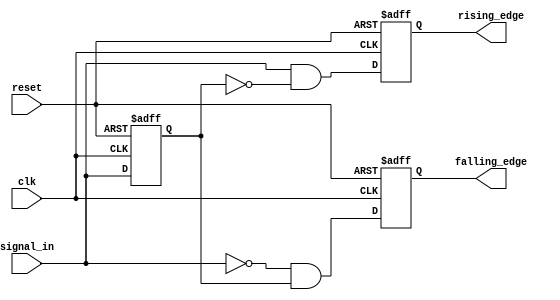
module dual_edge_detector (
    input wire clk,               // Clock input
    input wire reset,             // Asynchronous reset
    input wire signal_in,         // Input signal to detect edges
    output reg rising_edge,       // Output signal for rising edge detection
    output reg falling_edge       // Output signal for falling edge detection
);

    reg previous_state;           // Memory element to store the previous state

    // Asynchronous reset and edge detection logic
    always @(posedge clk or posedge reset) begin
        if (reset) begin
            previous_state <= 1'b0; // Initialize previous state to low
            rising_edge <= 1'b0;     // Initialize rising edge output
            falling_edge <= 1'b0;    // Initialize falling edge output
        end else begin
            // Edge detection logic
            rising_edge <= (signal_in && !previous_state); // Rising edge detected
            falling_edge <= (!signal_in && previous_state); // Falling edge detected
            
            // Update the previous state for the next clock cycle
            previous_state <= signal_in;
        end
    end

endmodule